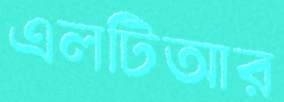
এলটিআর